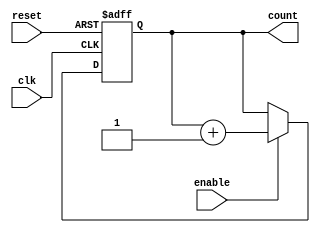
module up_counter_with_enable #(
    parameter N = 4  // Parameter to define the bit width of the counter
)(
    input wire clk,         // Clock signal
    input wire enable,      // Enable signal
    input wire reset,       // Reset signal
    output reg [N-1:0] count // N-bit output count
);

// Always block triggered on the rising edge of the clock or the reset signal
always @(posedge clk or posedge reset) begin
    if (reset) begin
        count <= 0; // Reset the count to 0
    end else if (enable) begin
        count <= count + 1; // Increment the count
    end
    // If enable is low, retain the current value of count
end

endmodule